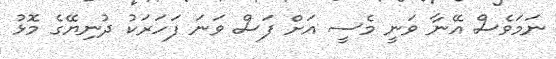
ނަމަވެސް އޭނާ ވަނީ މެސީ އަށް ފަސް ވަނަ ފަހަރަކު ދުނިޔޭގެ މޮޅު